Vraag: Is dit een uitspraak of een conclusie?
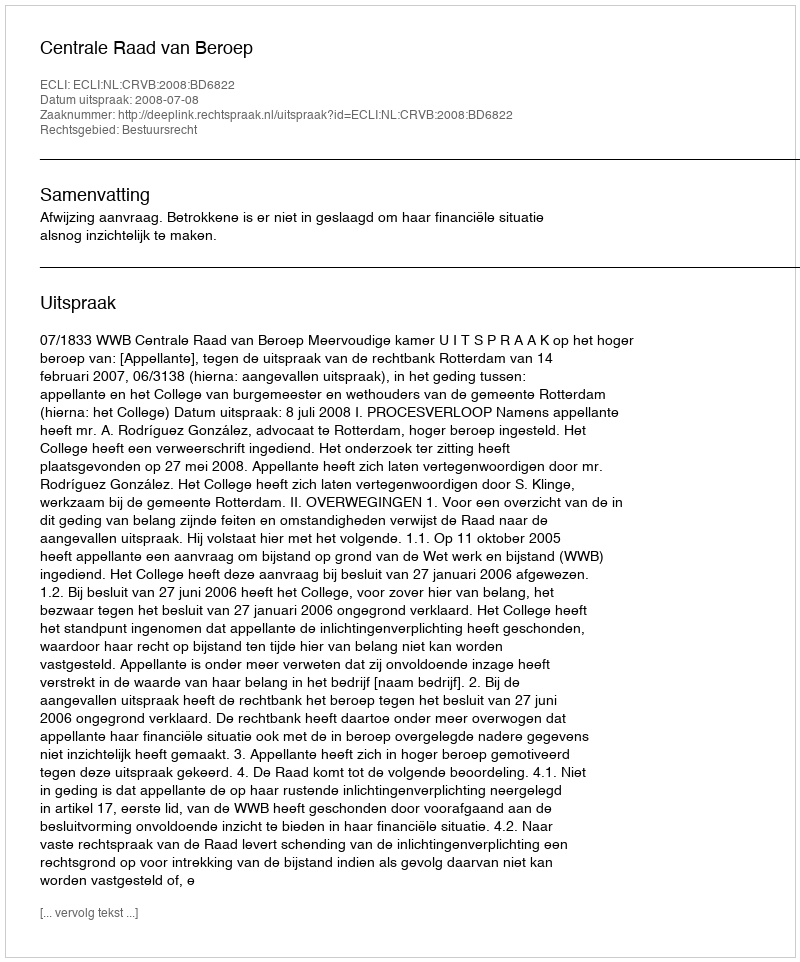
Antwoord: Uitspraak